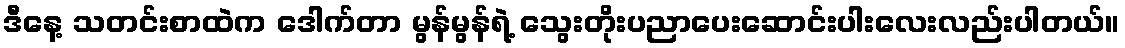
ဒီနေ့ သတင်းစာထဲက ဒေါက်တာ မွန်မွန်ရဲ့ သွေးတိုးပညာပေးဆောင်းပါးလေးလည်းပါတယ်။